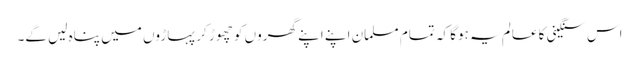
اس سنگینی کا عالم یہ ہوگا کہ تمام مسلمان اپنے اپنے گھروں کو چھوڑ کر پہاڑوں میں پناہ لیں گے۔